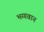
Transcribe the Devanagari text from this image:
भग्गवान